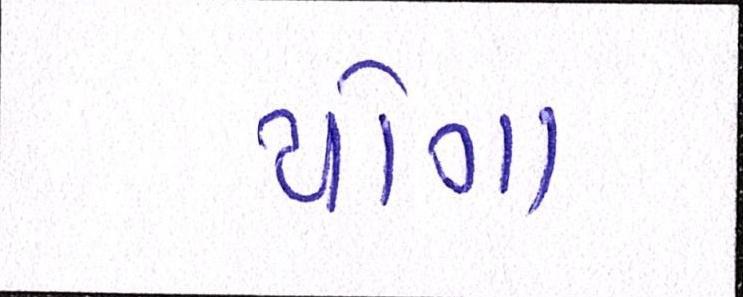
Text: યોગા